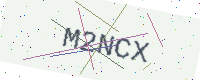
Text: M2NCX